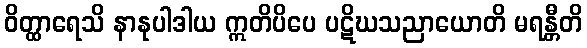
ဝိတ္ထာရေသိ နာနုပါဒါယ ဣတိပိပေ ပဋိဃသညာယောတိ မရန္တီတိ